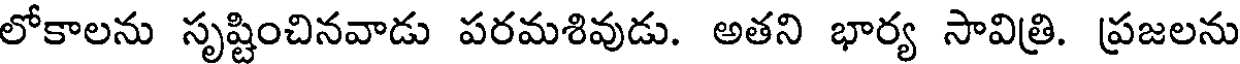
లోకాలను సృష్టించినవాడు పరమశివుడు. అతని భార్య సావిత్రి. ప్రజలను